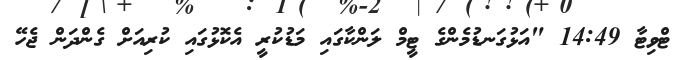
ޓްވިޓާ 14:49 "އަޅުގަނޑުމެންގެ ޓީމް ލަންކާގައި މަޑުކުރީ އެކޮޅުގައި ކުރިއަށް ގެންދަން ޖެހޭ